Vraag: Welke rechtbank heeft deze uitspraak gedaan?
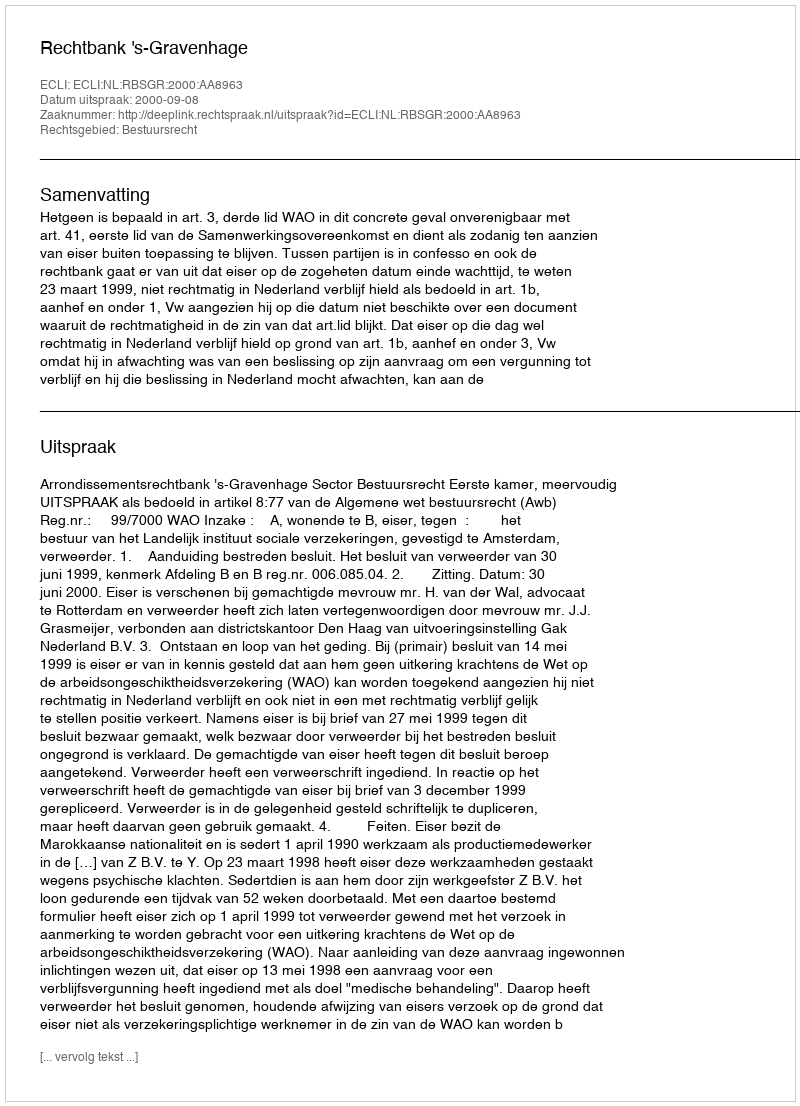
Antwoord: Rechtbank 's-Gravenhage